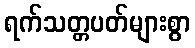
ရက်သတ္တပတ်များစွာ